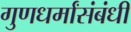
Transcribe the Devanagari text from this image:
गुणधर्मांसंबंधी